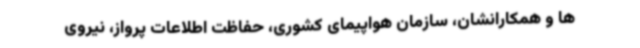
ها و همکارانشان، سازمان هواپیمای کشوری، حفاظت اطلاعات پرواز، نیروی